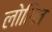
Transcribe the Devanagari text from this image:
लोरिन